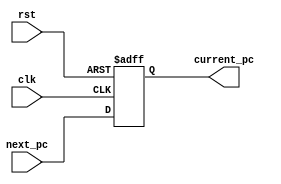
module Reg_PC ( 
    input clk, 
    input rst, 
    input [31:0] next_pc, 
    output reg [31:0] current_pc 
);

    reg [31:0] reg_pc;

    always @(posedge clk or posedge rst) begin
        if (rst) begin
            //reset
            reg_pc <= 32'h0000_0000;
        end else begin
            //update current_pc
            reg_pc <= next_pc;
        end
    end
    
    assign current_pc = reg_pc;

endmodule